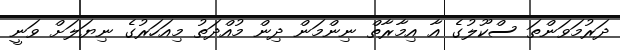
ދަރުމަވަންތަ ސްކޫލުގެ އާ އިމާރާތް ނިންމަން ދިން މުއްދަތު މިއަހަރުގެ ނިޔަލަށް ވަނީ